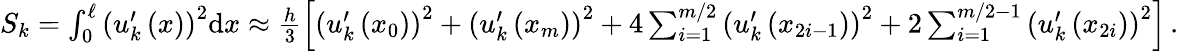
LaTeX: \begin{array}{r}{{S}_{k}=\int_{0}^{\ell}{\left({u}_{k}^{\prime}\left(x\right)\right)}^{2}\mathrm{d}x\approx\frac{h}{3}\left[{\left({u}_{k}^{\prime}\left({x}_{0}\right)\right)}^{2}+{\left({u}_{k}^{\prime}\left({x}_{m}\right)\right)}^{2}+{4}\sum_{i=1}^{m/2}{{\left({u}_{k}^{\prime}\left({x}_{{2}{i}-1}\right)\right)}^{2}}+{2}\sum_{i=1}^{m/2-1}{{\left({u}_{k}^{\prime}\left({x}_{{2}{i}}\right)\right)}^{2}}\right]\, .}\end{array}